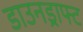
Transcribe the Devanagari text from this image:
डाउनड्राफ्ट